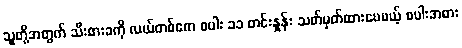
သူတို့အတွက် သီးစားခကို လယ်တစ်ဧက စပါး ၁၁ တင်းနှုန်း သတ်မှတ်ထားပေမယ့် စပါးအစား